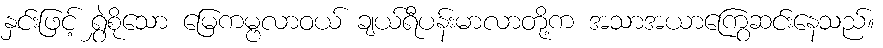
နှင်းဖြင့် ရွှဲစိုသော မြေကမ္ဗလာဝယ် ချယ်ရီပန်းမာလာတို့က အသာအယာကြွေဆင်းနေသည်။